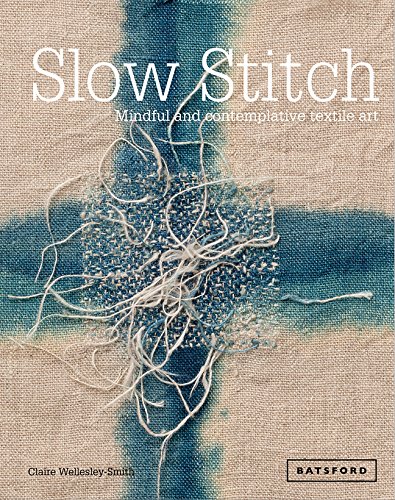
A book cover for Slow Stitch: Mindful and Contemplative Textile Art; Claire Wellesley-Smith; Crafts, Hobbies & Home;